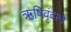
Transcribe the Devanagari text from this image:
ऋषिवृंदाने